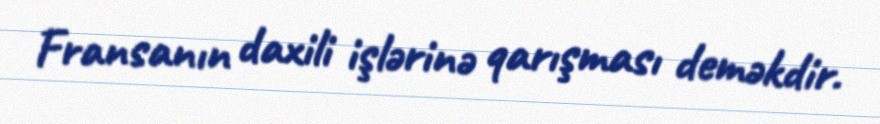
Fransanın daxili işlərinə qarışması deməkdir.